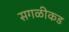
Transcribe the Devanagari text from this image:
सगळीकड